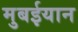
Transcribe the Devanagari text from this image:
मुबईयान